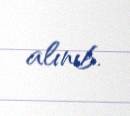
alınıb.